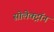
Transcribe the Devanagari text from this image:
सोलेक्ट्रॉन